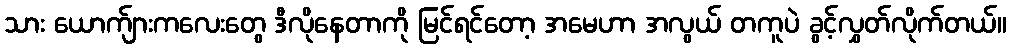
သား ယောက်ျားကလေးတွေ ဒီလိုနေတာကို မြင်ရင်တော့ အမေဟာ အလွယ် တကူပဲ ခွင့်လွှတ်လိုက်တယ်။